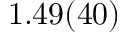
1 . 4 9 ( 4 0 )